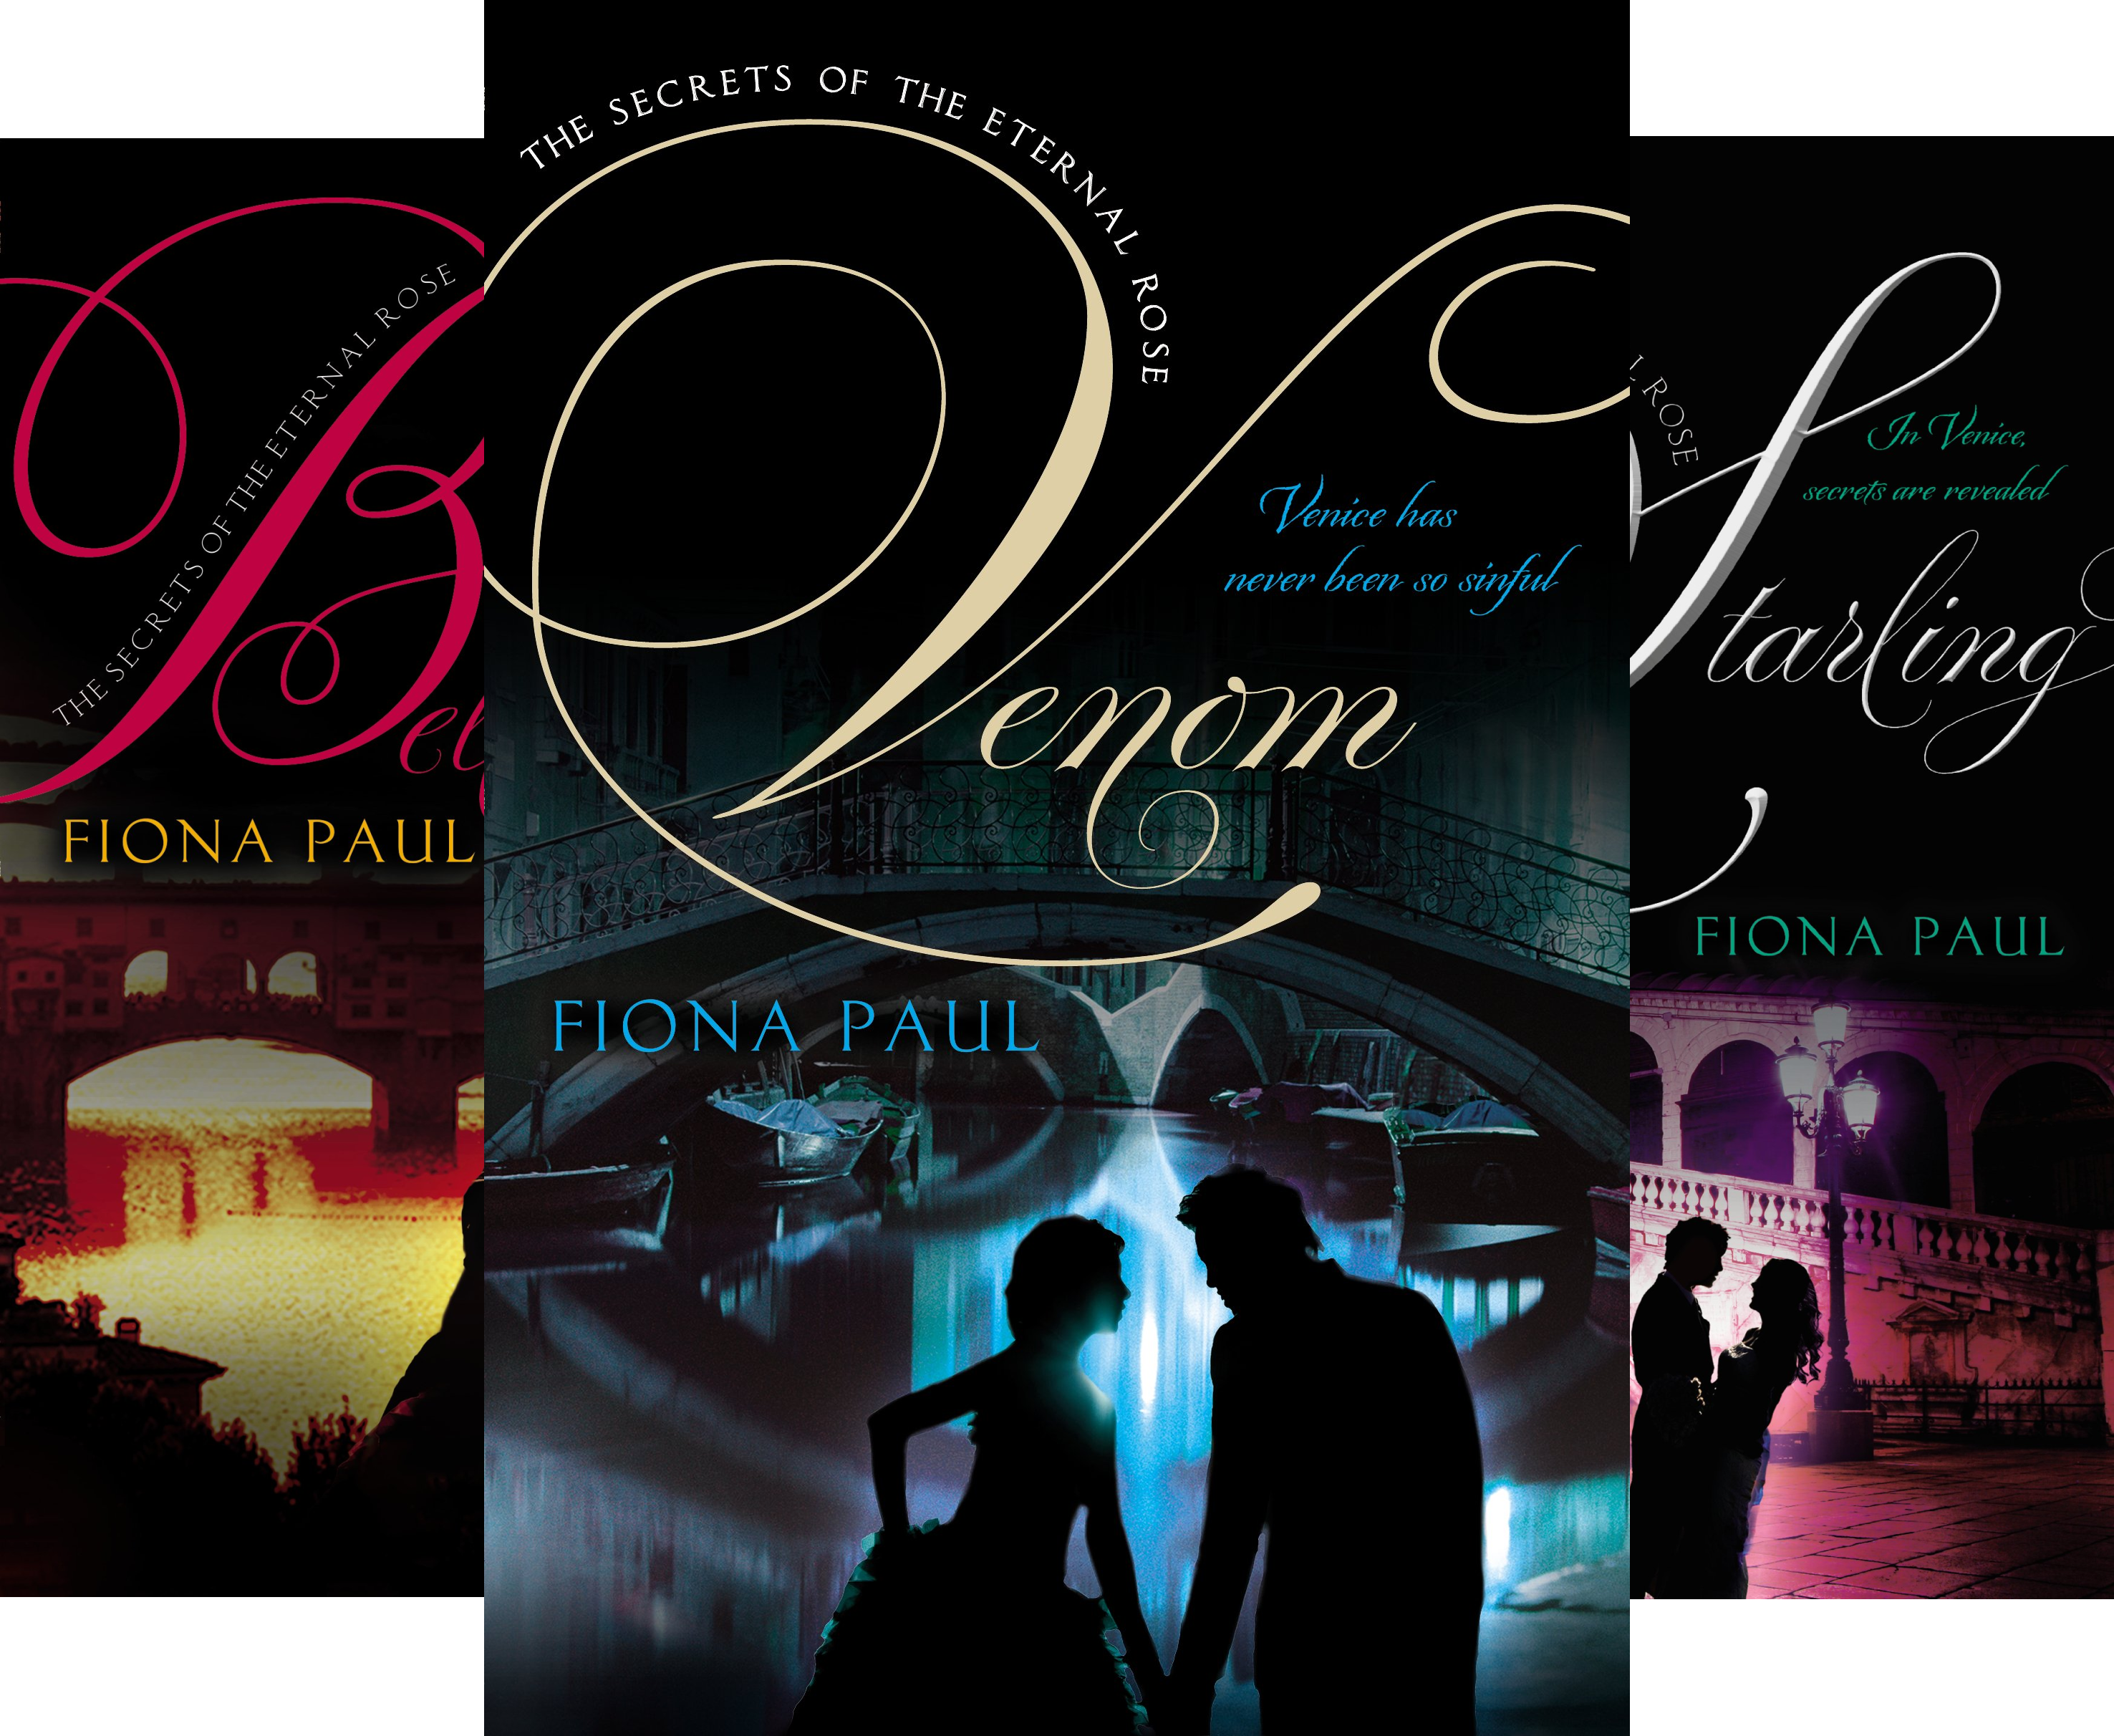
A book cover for Secrets of the Eternal Rose (3 Book Series); Fiona Paul; Teen & Young Adult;